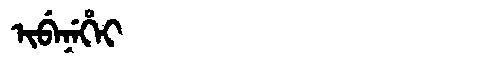
Manchu: ᡳᠪᡝᠨᡝᡥᡝᡳ
Romanization: IBENEHEI